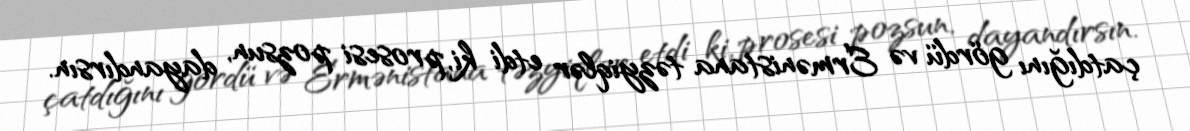
çatdığını gördü və Ermənistana təzyiqlər etdi ki, prosesi pozsun, dayandırsın.